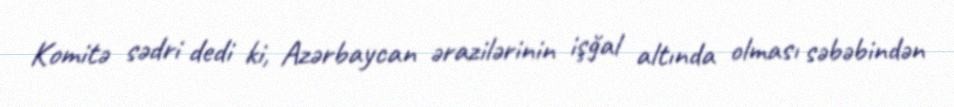
Komitə sədri dedi ki, Azərbaycan ərazilərinin işğal altında olması səbəbindən